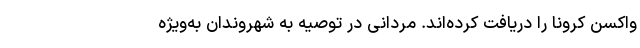
واکسن کرونا را دریافت کرده‌اند. مردانی در توصیه به شهروندان به‌ویژه